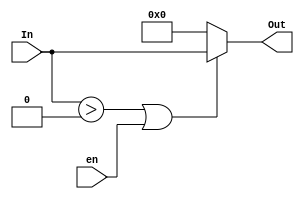
`timescale 1ns / 1ps

module ReluMux(en , In , Out);

    parameter DATA_WIDTH = 16;
    
    input  en;
    input  signed[DATA_WIDTH-1:0] In;
    output signed[DATA_WIDTH-1:0] Out;
    
    assign Out = (In > 0 || en) ? In : 0;

endmodule